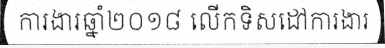
ការងារឆ្នាំ២០១៨ លើកទិសដៅការងារ